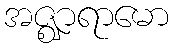
အဇ္ဈာရာမော